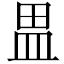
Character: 𰤷